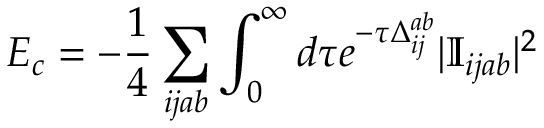
E _ { c } = - \frac { 1 } { 4 } \sum _ { i j a b } \int _ { 0 } ^ { \infty } d \tau e ^ { - \tau \Delta _ { i j } ^ { a b } } | \mathbb { I } _ { i j a b } | ^ { 2 }